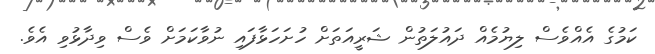
ކަމުގެ އެއްވެސް ލިޔުމެއް ދައުލަތުން ޝަރީއަތަށް ހުށަހަޅާފައި ނުވާކަމަށް ވެސް ވިދާޅުވި އެވެ.